Annual report of the Punjab Veterinary College and of the Civil Veterinary Department, Punjab - 1909-1919
Year: 1909
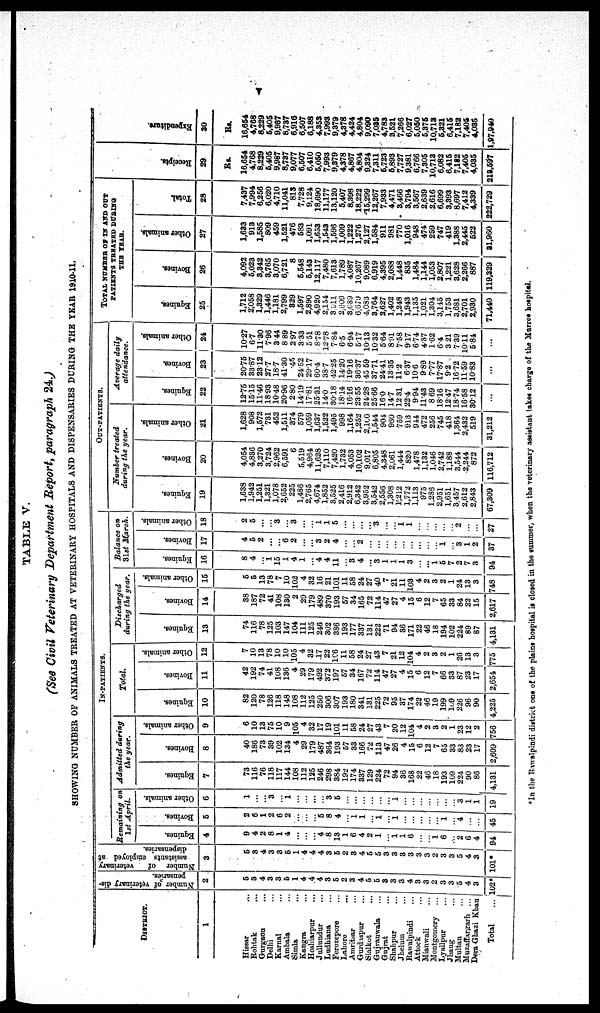
v
TABLE V.
(See Civil Veterinary Department Report, paragraph 24.)
SHOWING NUMBER OF ANIMALS TREATED AT VETERINARY HOSPITALS AND DISPENSARIES DURING THE YEAR 1910-11.
DISTRICT.
1
Hissar ...
Rohtak ...
Gurgaon ...
Delhi ...
Karnal ...
Ambala...
Simla ...
Kangra ...
Hoshiarpur...
Jullundur ...
Ludhiana ...
Ferozepore ...
Lahore ...
Amritsar ...
Gurdaspur ...
Sialkot ...
Gujranwala ...
Gujrat ...
Shahpur ...
Jhelum ...
Rawalpindi ...
Attock
...
Mianwali ...
Montgomery ...
Lyailpur
...
Jhang ...
Multan ...
Muzaffargarh ...
Dera Ghazi Khan
Total
...
Number of veterinary dis-
pensaries.
2
5
3
4
3
3
5
1
4
4
4
3
5
2
3
4
5
5
3
3
3
4
3
3 2
3
3
5
4
3
102*
Number of
veterinary
assistants employed at
dispensaries.
3
5
3
4
3
3
5
1
4
4
4
3
5
2
3
4
5
5
3
3
3
3
3
3
2
3
3
5
4
3
101*
IN-PATIENTS.
Remaining
on
1st
April.
Equines.
4
9
4
2
8
1
4
...
...
...
4
8
13
1
6
4
2
1
...
1
1
6
...
...
1
6
...
2
6
4
94
Bovines.
5
2
6
1
2
6
2
...
...
...
5
8
4
...
1
1
...
1
...
1
...
...
...
...
...
1
...
4
...
...
45
Other animals.
6
1
...
...
3
...
1
...
...
...
...
3
5
...
...
...
...
...
...
1
...
...
...
...
...
...
...
3
1
1
19
Admitted
during
the year.
Equines.
7
73
116
76
118
117
144
108
112
125
246
298
384
192
174
337
129
224
72
94
36
168
22
46
18
193
109
224
90
86
4,131
Bovines.
8
40
186
73
39
102
134
4
29
179
487
364
193
57
33
166
72
113
47
26
4
15
6
12
7
65
33
83
23
17
2,609
Other animals.
9
6
10
13
75
10
9
105
4
32
17
19
101
11
58
24
27
43
7
20
12
104
4
2
3
2
1
23
12
2
756
Total.
Equines.
10
82
120
78
126
118
148
108
112
125
250
306
307
193
180
341
131
225
72
95
37
174
22
46
19
199
109
226
96
90
4,225
Bovines.
11
42
192
74
41
108
136
4
29
179
492
372
197
57
34
167
72
114
47
27
4
15
6
12
7
66
33
87
23
17
2,654
Other animals.
12
7
10
13
78
10
10
105
4
32
17
22
196
11
58
24
27
43
7
21
12
104
4
2
3
2
1
26
13
3
775
Discharged
during the gear.
Equines.
13
74
116
78
125
103
147
104
111
125
246
302
386
193
177
337
131
222
71
94
36
171
22
46
18
194
102
224
89
87
4,131
Bovines.
14
38
187
72
41
108
130
2
29
179
489
370
193
57
34
165
72
114
47
27
4
15
6
12
7
65
33
84
22
15
2,617
Other animals.
15
5
5
13
78
7
10
102
4
32
16
21
101
11
58
24
27
40
7
21
11
103
4
2
3
2
1
24
13
3
748
Balance on
31st March.
Equines.
16
8
4
...
1
15
1
4
1
...
4
4
11
...
3
4
...
3
1
1
1
3
...
...
1
5
7
2
7
3
94
Bovines.
17
4
5
2
...
...
6
2
...
...
3
2
4
...
...
2
...
...
...
...
...
...
...
...
...
1
...
3
1
2
37
Other animals.
18
2
5
...
...
3
...
3
...
...
1
1
5
...
...
...
...
3
...
...
1
1
...
...
...
...
...
2
...
...
27
OUT-PATIENTS.
Number
treated
during the gear.
Equines.
19
1,638
1,942
1,251
1,321
1,078
2,652
225
1,486
2,765
4,674
1,852
3,525
2,416
2,912
6,342
3,952
3,542
2,556
1,308
1,212
1,772
1,113
975
1,286
2,951
1,651
3,457
2,612
2,843
67,309
Bovines.
20
4,054
4,836
3,270
3,724
2,962
6,591
6
5,519
4,964
11,628
7,110
7,420
1,732
4,053
10,102
9,017
6,805
4,348
2,061
1,444
820
1,478
1,132
1,046
2,742
1,188
3,544
2,244
872
116,712
Other animals.
21
1,628
908
1,572
731
452
1,511
374
579
1,059
1,637
1,522
1,495
998
1,164
1,252
2,100
1,544
904
950
759
913
944
472
256
745
418
1,361
2,432
519
31,212
Average
daily
attendance.
Equines.
22
12.75
15.15
11.46
18.93
10.48
20.96
2.80
14.19
17.81
25.31
14.0
30.18
18.14
16.16
23.55
24.28
25.66
16.0
14.7
12.31
22.4
9.94
11.43
8.69
18.16
12.47
18.74
16.58
30.12
...
Bovines.
23
20.75
33.87
2312
27.7
18.7
41.30
.45
24.52
29.17
60.4
33.7
42.25
14.20
19.16
36.37
45 59
3771
24.41
1335
11.2
6.37
10.6
9.89
7.77
17.87
9.2
16.72
11.59
10.83
...
Other animals.
24
10.27
6.7
11.30
7.96
3.44
8.89
2.97
3.33
5.51
8.78
12.78
7.84
6.5
6.94
5.17
10.13
10.32
5.64
8.91
7.58
9.17
6.74
4.37
1.62
6.4
3.21
7.39
10.11
5.84
...
TOTAL NUMBER OF IN AND OUT
PATIENTS TREATRD DURING
THE YEAR.
Equines.
25
1,712
2;058
1,329
1,446
1,181
2,799
329
1,597
2,890
4,920
2,154
3,511
2,609
3,989
6,679
4,083
3,764
2,627
1,402
1,248
1,943
1,135
1,021
1,304
3,145
1,753
3,681
2,701
2,930
71,440
Bovines.
26
4,092
5,023
3,342
3,765
3,070
6,721
8
5,548
5,143
12,117
7,480
7,613
1,789
4,087
10,267
9,089
6,919
4,395
2,088
1,448
835
1,484
1,144
1,053
2,807
1,221
3,628
2,266
887
119,329
Other animals.
27
1,633
913
1,585
809
459
1,521
476
583
1,091
1,653
1,543
1,596
1,009
1,222
1,276
2,127
1,584
911
981
770
1,016
948
474
259
747
419
1,388
2,445
522
31,960
Total.
28
7,437
7,994
6,256
6,020
4,710
11,041
813
7,728
9,124
18,690
11,177
13,120
5,407
8,398
18,222
15,299
12,267
7,933
4,471
3,466
3,794
3,567
2,639
2,616
6,699
3,393
8,697
7,412
4,339
222,729
Recei pt s.
29
Rs.
16,654
4,768
8,229
5,405
9,987
8,737
9,077
6,507
6,410
5,050
7,993
9,379
4,378
4,867
4,804
9,324
7,311
6,723
6,893
7,727
9,381
6,766
7,305
10,713
6,082
6,415
7,182
7,405
4,035
213,597
Expendi t
ur e.
30
Rs.
16,654
4,768
6,229
5,405
9,987
8,737
6,916
6,507
6,188
4,353
7,993
9,379
4,378
4,424
4,804
9,090
7,035
4,783
3,521
7,266
6,027
5,050
5,375
10,713
5,321
6,415
7,182
7,405
4,035
1,97,940
*In the Rawalpindi district one of the plains hospital is closed in the summer, when the veterinary assistant takes charge of the Marres hospital